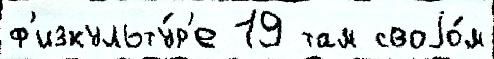
ф'изкульту́р'е 19 там своjо́м